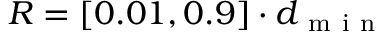
R = [ 0 . 0 1 , 0 . 9 ] \cdot d _ { \mathrm { ~ m ~ i ~ n ~ } }